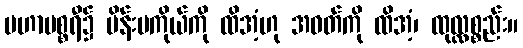
မဟာပစ္စရီ၌ မိန်းမကိုယ်ကို ထိအံ့ဟု အဝတ်ကို ထိအံ့၊ ထုလ္လစ္စည်း။